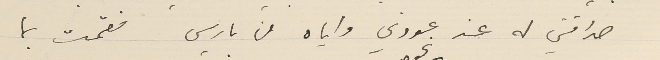
صداقتي له عند عودتي واياه من باريس فقمّت بما